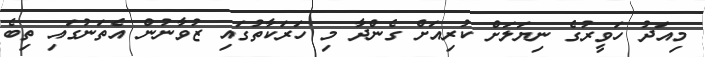
މިއަދު ހަވީރުގެ ނިޔަލަށް ކުރިއަށް ގެންދާ މި ހަރަކާތުގައި ޒުވާނުން އެތަނުގައި ތިބެ